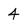
Character: 4